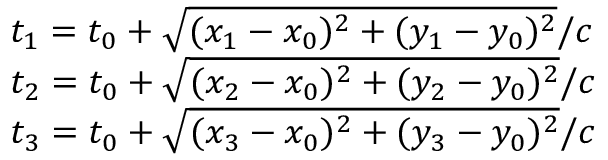
\begin{array} { l } { t _ { 1 } = t _ { 0 } + \sqrt { ( x _ { 1 } - x _ { 0 } ) ^ { 2 } + ( y _ { 1 } - y _ { 0 } ) ^ { 2 } } / c } \\ { t _ { 2 } = t _ { 0 } + \sqrt { ( x _ { 2 } - x _ { 0 } ) ^ { 2 } + ( y _ { 2 } - y _ { 0 } ) ^ { 2 } } / c } \\ { t _ { 3 } = t _ { 0 } + \sqrt { ( x _ { 3 } - x _ { 0 } ) ^ { 2 } + ( y _ { 3 } - y _ { 0 } ) ^ { 2 } } / c } \end{array}